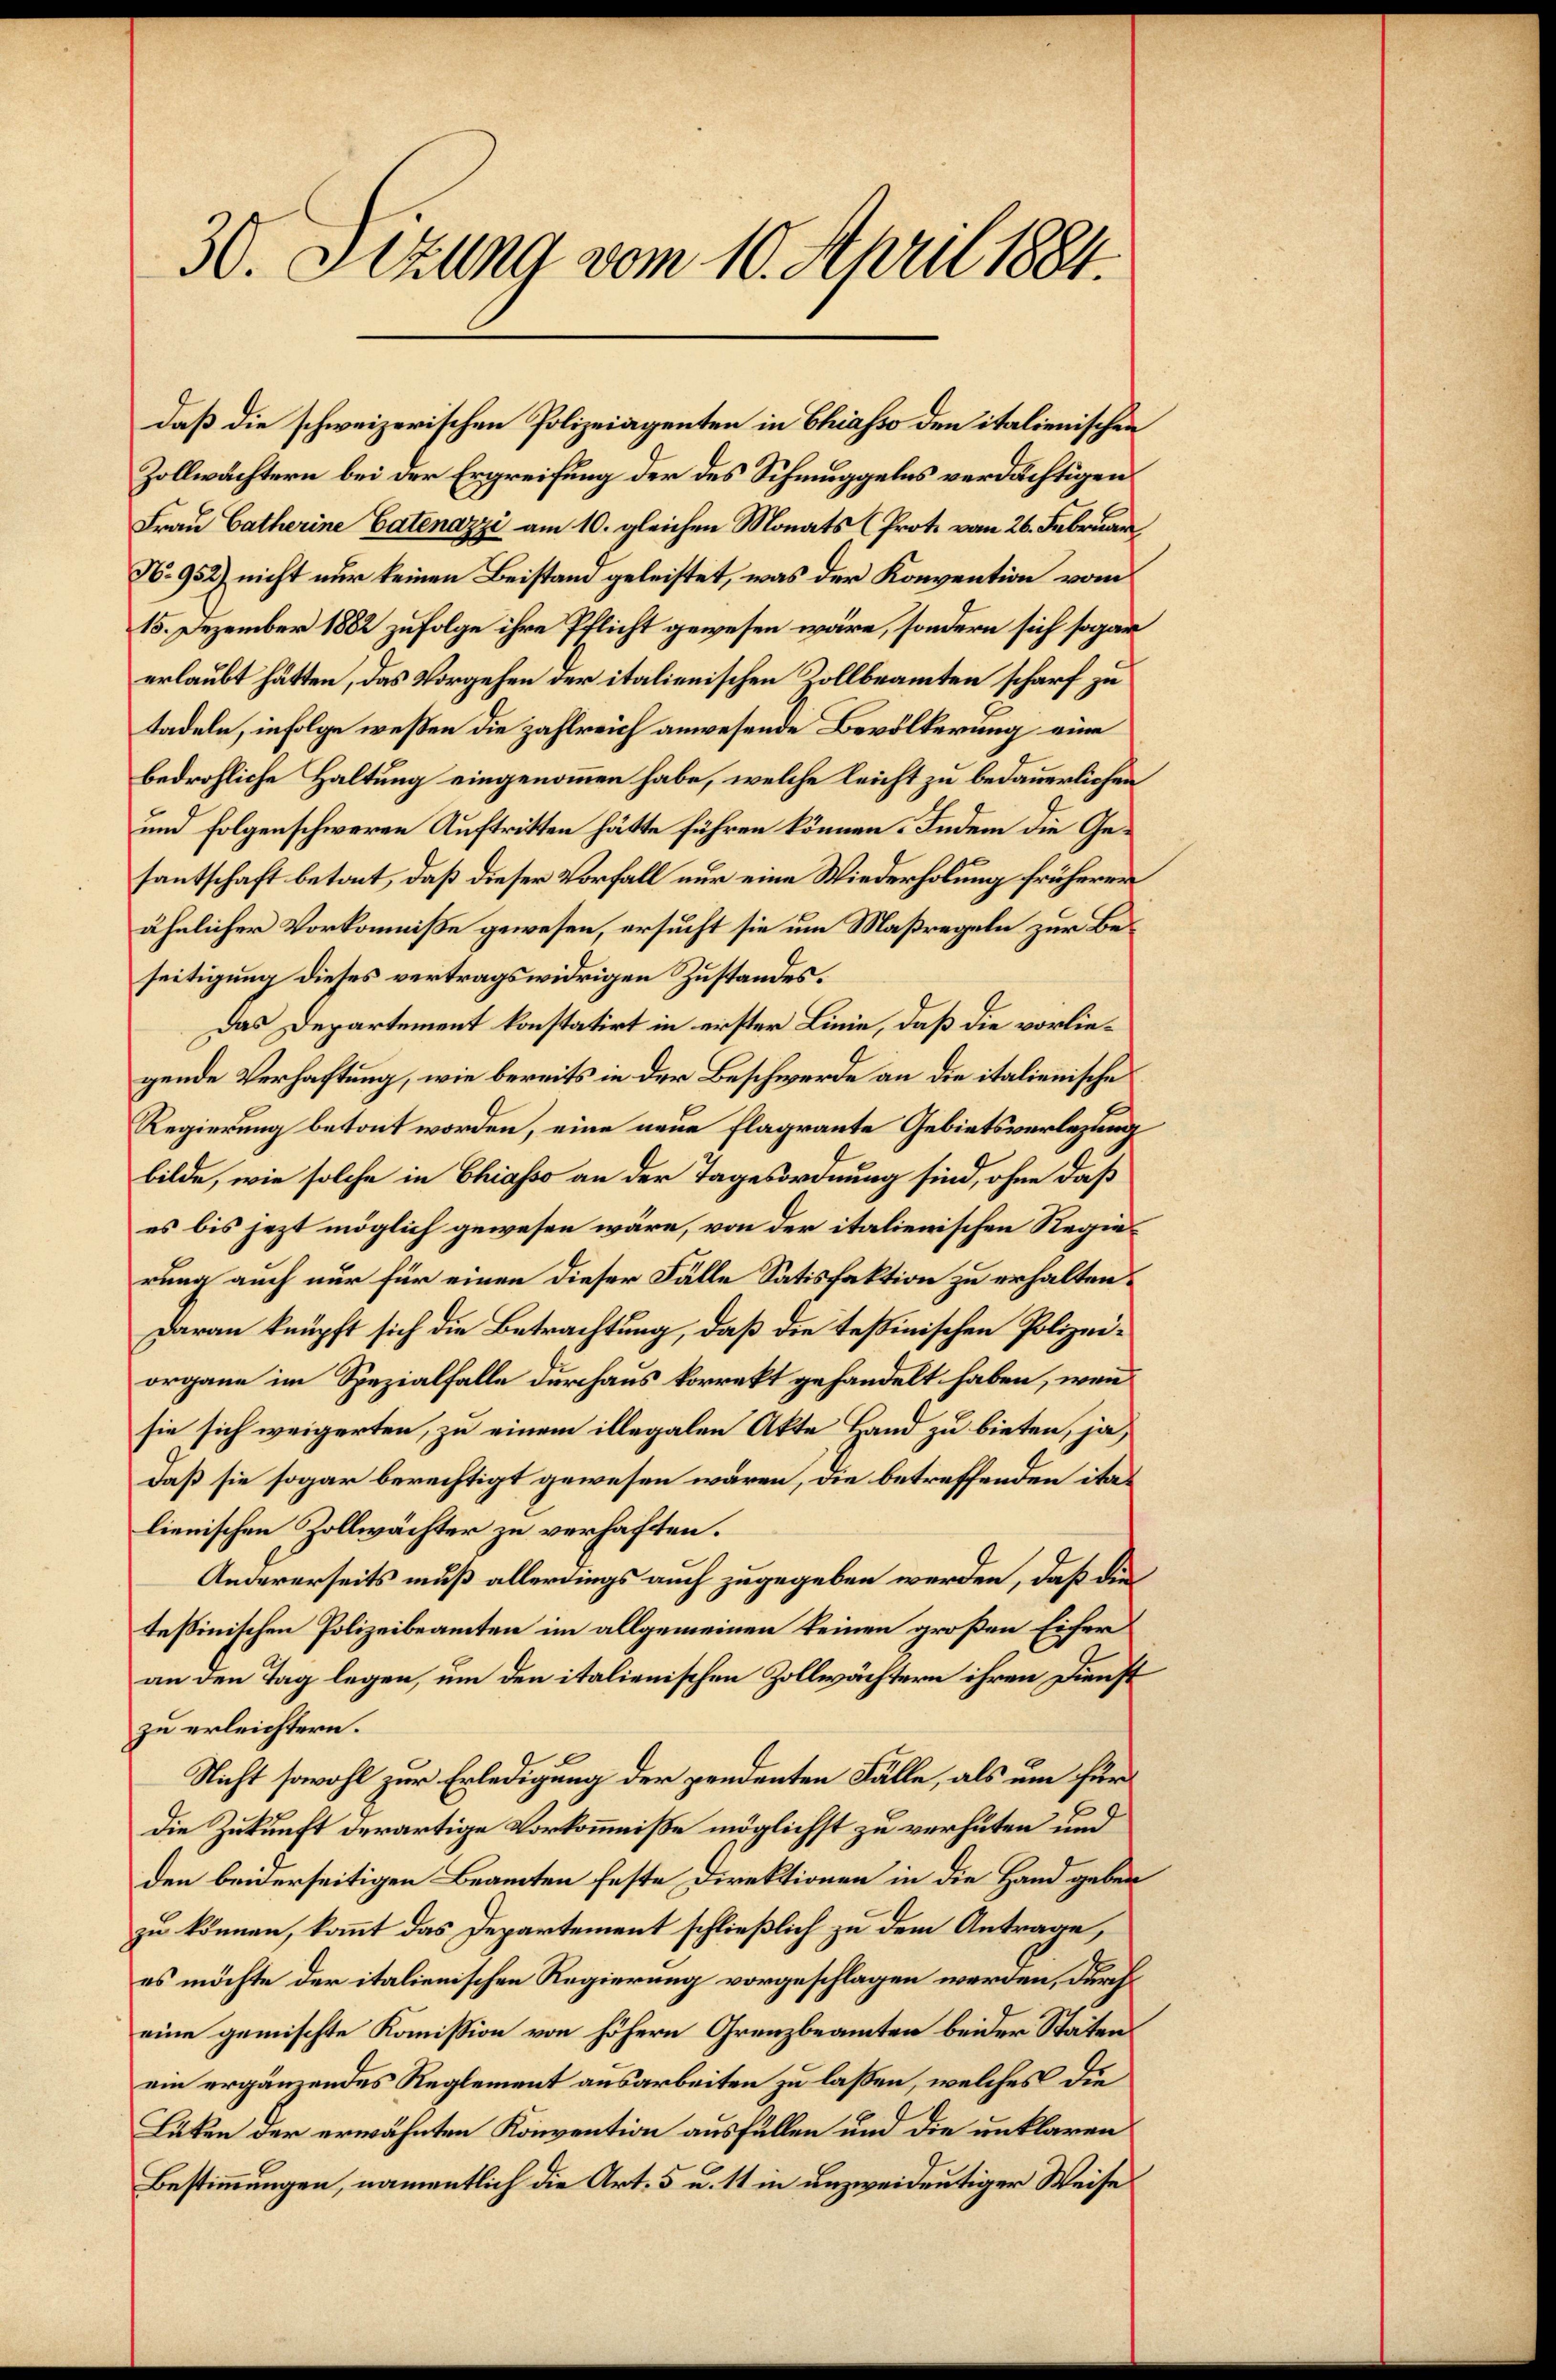
30. Sizung vom 10. April 1884.

daß die schweizerischen Polizeiagenten in Chiasso den italienischen
Zollwächtern bei der Ergreifung der des Schmuggelns verdächtigen
Frau Catherine Catenazzi am 10. gleichen Monats (Prote vom 26. Februar
N. 952) nicht nur keinen Beistand geleistet, was der Konvention vom
15. Dezember 1882 zufolge ihre Pflicht gewesen wäre, sondern sich sogar
erlaubt hätten, das Vorgehen der italienischen Zollbeamten scharf zu
tadeln, infolge wessen die zahlreich anwesende Bevölkerung eine
bedrohliche Haltung eingenommen habe, welche leicht zu bedauerlichen
und folgenschweren Auftritten hätte führen können. Indem die Gesantschaft betont, daß dieser Vorfall nur eine Wiederholung früherer
ähnlicher Vorkommiße gewesen, ersucht sie um Maßregeln zur Beseitigung dieses vertragswidrigen Zustandes.
Das Departement konstatirt in erster Linie, daß die vorliegende Verhaftung, wie bereits in der Beschwerde an die italienische
Regierung betont worden, eine neue Flagrante Gebietsverlegung
bilde, wie solche in Chiasso an der Tagesordnung sind, ohne daß
es bis jezt möglich gewesen wäre, von der italienischen Regierung auch nur für einen dieser Fälle Satisfaktion zu erhalten.
Daran knüpft sich die Betrachtung, daß die Teßinischen Polizeiorgane im Spezialfalle durchaus korrekt gehandelt haben, wenn
sie sich weigerten, zu einem illegalen Akte Hand zu bieten, ja,
daß sie sogar berechtigt gewesen wären, die betreffenden italienischen Zollwächter zu verhaften.
Andererseits muß allerdings auch zugegeben werden, daß die
tessinischen Polizeibeamten im allgemeinen keinen großen Eicher
an den Tag legen, um den italienischen Zollwächtern ihren Dienst
zu erleichtern.
Nicht sowohl zur Erledigung der pendenten Fälle, als um für
die Zukunft derartige Vorkommniße möglichst zu verhüten und
den beiderseitigen Beamten feste Direktionen in die Hand geben
zu können, kommt das Departement schließlich zu dem Antrage,
es möchte der italienischen Regierung vorgeschlagen werden, durch
eine gemischte Kommission von höhern Grenzbeamten beider Statenein ergänzendes Reglement ausarbeiten zu laßen, welches die
Läten der erwähnten Konvention ausfüllen und die unklaren
Bestimmungen, namentlich die Art. 5 u. 11 in unzweideutiger Weise